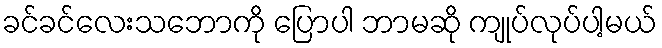
ခင်ခင်လေးသဘောကို ပြောပါ ဘာမဆို ကျုပ်လုပ်ပါ့မယ်